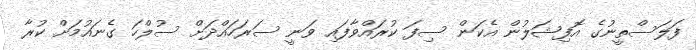
ފަލަސްތީނުގެ އޮފިޝަލުން އެކަން ސިފަ ކުރައްވާފައި ވަނީ ސަރަހައްދަށް ސުލްހަ ގެނައުމަށް ކުރާ